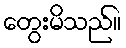
တွေးမိသည်။